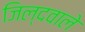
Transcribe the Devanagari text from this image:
जिल्दवाले